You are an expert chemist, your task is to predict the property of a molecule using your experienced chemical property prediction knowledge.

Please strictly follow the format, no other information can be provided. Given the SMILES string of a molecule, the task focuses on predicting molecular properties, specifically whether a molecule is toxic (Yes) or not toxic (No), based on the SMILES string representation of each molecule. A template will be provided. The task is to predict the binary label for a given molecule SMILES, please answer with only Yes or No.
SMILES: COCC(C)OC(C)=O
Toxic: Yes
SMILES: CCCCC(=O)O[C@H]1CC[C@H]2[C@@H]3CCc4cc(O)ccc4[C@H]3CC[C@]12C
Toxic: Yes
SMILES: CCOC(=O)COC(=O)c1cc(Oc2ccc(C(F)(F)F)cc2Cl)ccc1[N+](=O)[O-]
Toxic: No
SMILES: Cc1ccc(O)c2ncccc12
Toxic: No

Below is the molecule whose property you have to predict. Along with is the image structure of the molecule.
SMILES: CCCCCCC(C=O)=Cc1ccccc1
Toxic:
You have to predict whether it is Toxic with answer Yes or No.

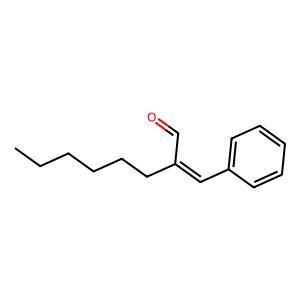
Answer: No